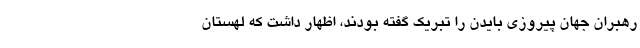
رهبران جهان پیروزی بایدن را تبریک گفته بودند، اظهار داشت که لهستان